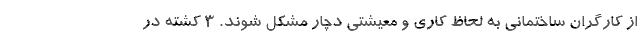
از کارگران ساختمانی به لحاظ کاری و معیشتی دچار مشکل شوند. 3 کشته در